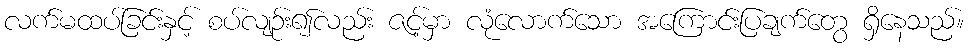
လက်မထပ်ခြင်းနှင့် စပ်လျဉ်း၍လည်း ဇင့်မှာ လုံလောက်သော အကြောင်းပြချက်တွေ ရှိနေသည်။